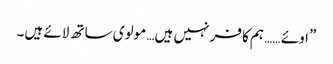
”اوئے …… ہم کافر نہیں ہیں… مولوی ساتھ لائے ہیں۔